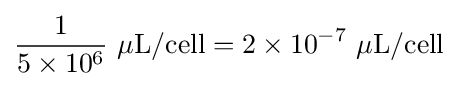
{\frac {1}{5\times 10^{6}}}\ \mathrm {\mu L/cell} =2\times 10^{-7}\ \mathrm {\mu L/cell}